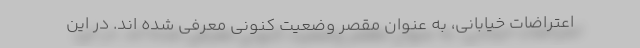
اعتراضات خیابانی، به عنوان مقصر وضعیت کنونی معرفی شده اند. در این